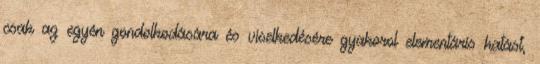
csak az egyén gondolkodására és viselkedésére gyakorol elementáris hatást,